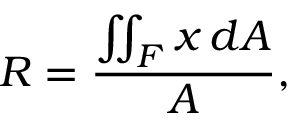
R = { \frac { \iint _ { F } x \, d A } { A } } ,